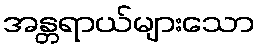
အန္တရာယ်များသော